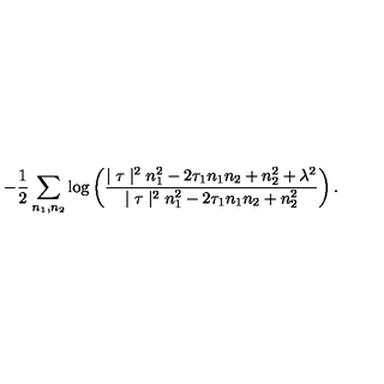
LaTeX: \! \! \! \! - \frac { 1 } { 2 } \sum _ { n _ { 1 } , n _ { 2 } } \log \left( \frac { \mid \tau \mid ^ { 2 } n _ { 1 } ^ { 2 } - 2 \tau _ { 1 } n _ { 1 } n _ { 2 } + n _ { 2 } ^ { 2 } + \lambda ^ { 2 } } { \mid \tau \mid ^ { 2 } n _ { 1 } ^ { 2 } - 2 \tau _ { 1 } n _ { 1 } n _ { 2 } + n _ { 2 } ^ { 2 } } \right) .